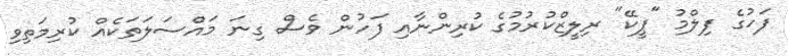
ފަހުގެ ފިލްމު "ޕީކޭ" ރިލީޒްކުރުމުގެ ކުރިންނާއި ފަހުން ވެސް ގިނަ މައްސަލަތަކެއް ކުރިމަތިވި